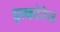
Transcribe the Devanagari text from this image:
एन्कोरेज